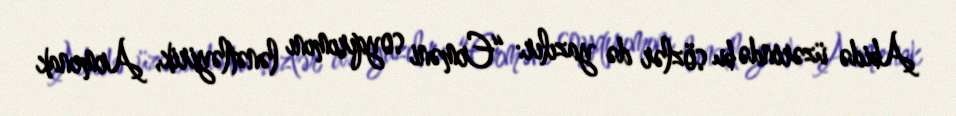
Abidə üzərində bu sözlər də yazılır: “Erməni soyqırımını lənətləyirik, Armenak